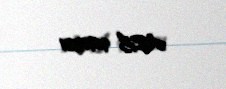
AZE 9692381